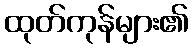
ထုတ်ကုန်များ၏